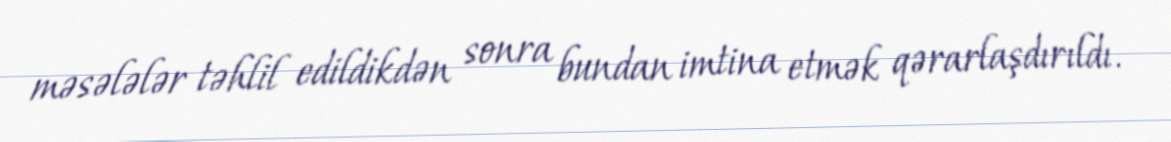
məsələlər təhlil edildikdən sonra bundan imtina etmək qərarlaşdırıldı.